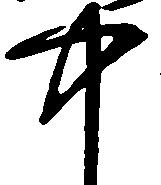
中